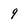
Character: 9